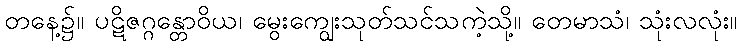
တနေ့၌။ ပဋိဇဂ္ဂန္တောဝိယ၊ မွေးကျွေးသုတ်သင်သကဲ့သို့။ တေမာသံ၊ သုံးလလုံး။